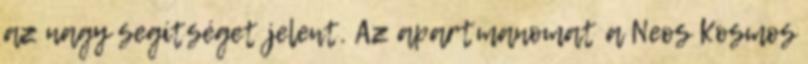
az nagy segítséget jelent. Az apartmanomat a Neos Kosmos